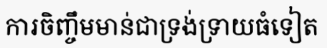
ការចិញ្ចឹមមាន់ជាទ្រង់ទ្រាយធំទៀត